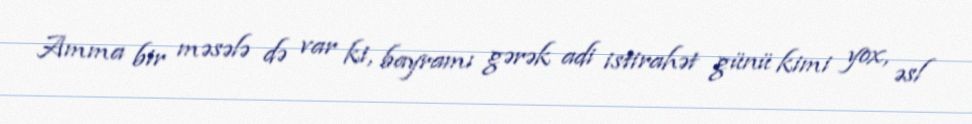
Amma bir məsələ də var ki, bayramı gərək adi istirahət günü kimi yox, əsl